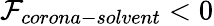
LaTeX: \mathcal{F}_{corona-solvent}<0